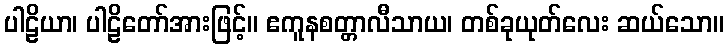
ပါဠိယာ၊ ပါဠိတော်အားဖြင့်။ ဧကူနစတ္တာလီသာယ၊ တစ်ခုယုတ်လေး ဆယ်သော။